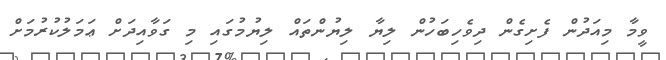
ވީމާ މިއަދުން ފެށިގެން ދިވެހިބަހުން ލިޔާ ލިޔުންތައް ލިޔުމުގައި މި ގަވާއިދަށް ޢަމަލުކުރުމަށް